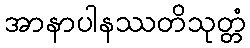
အာနာပါနဿတိသုတ္တံ